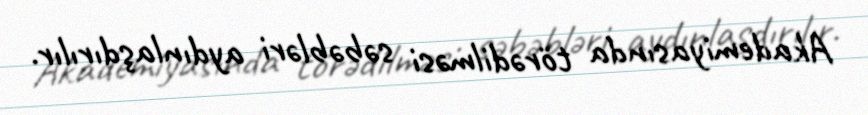
Akademiyasında törədilməsi səbəbləri aydınlaşdırılır.